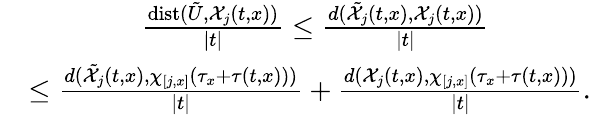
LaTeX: \begin{array}{rl}&{\qquad\qquad\frac{\mathrm{dist}({\tilde{U}},\mathcal{X}_{j}(t,x))}{\lvert t\rvert}\leq\frac{d(\tilde{\mathcal{X}}_{j}(t,x),\mathcal{X}_{j}(t,x))}{\lvert t\rvert}}\\ &{\leq\frac{d(\tilde{\mathcal{X}}_{j}(t,x),\chi_{[j,x]}(\tau_{x}+\tau(t,x)))}{\lvert t\rvert}+\frac{d(\mathcal{X}_{j}(t,x),\chi_{[j,x]}(\tau_{x}+\tau(t,x)))}{\lvert t\rvert}.}\end{array}